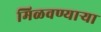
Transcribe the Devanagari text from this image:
मिळवण्याऱ्या